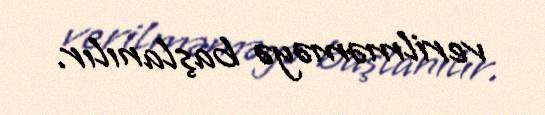
verilməməyə başlanılır.